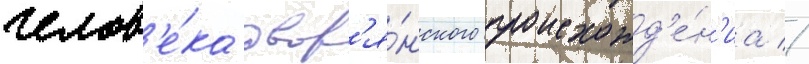
челов'е́ка двор'я́нского происхожд'е́н'иа //